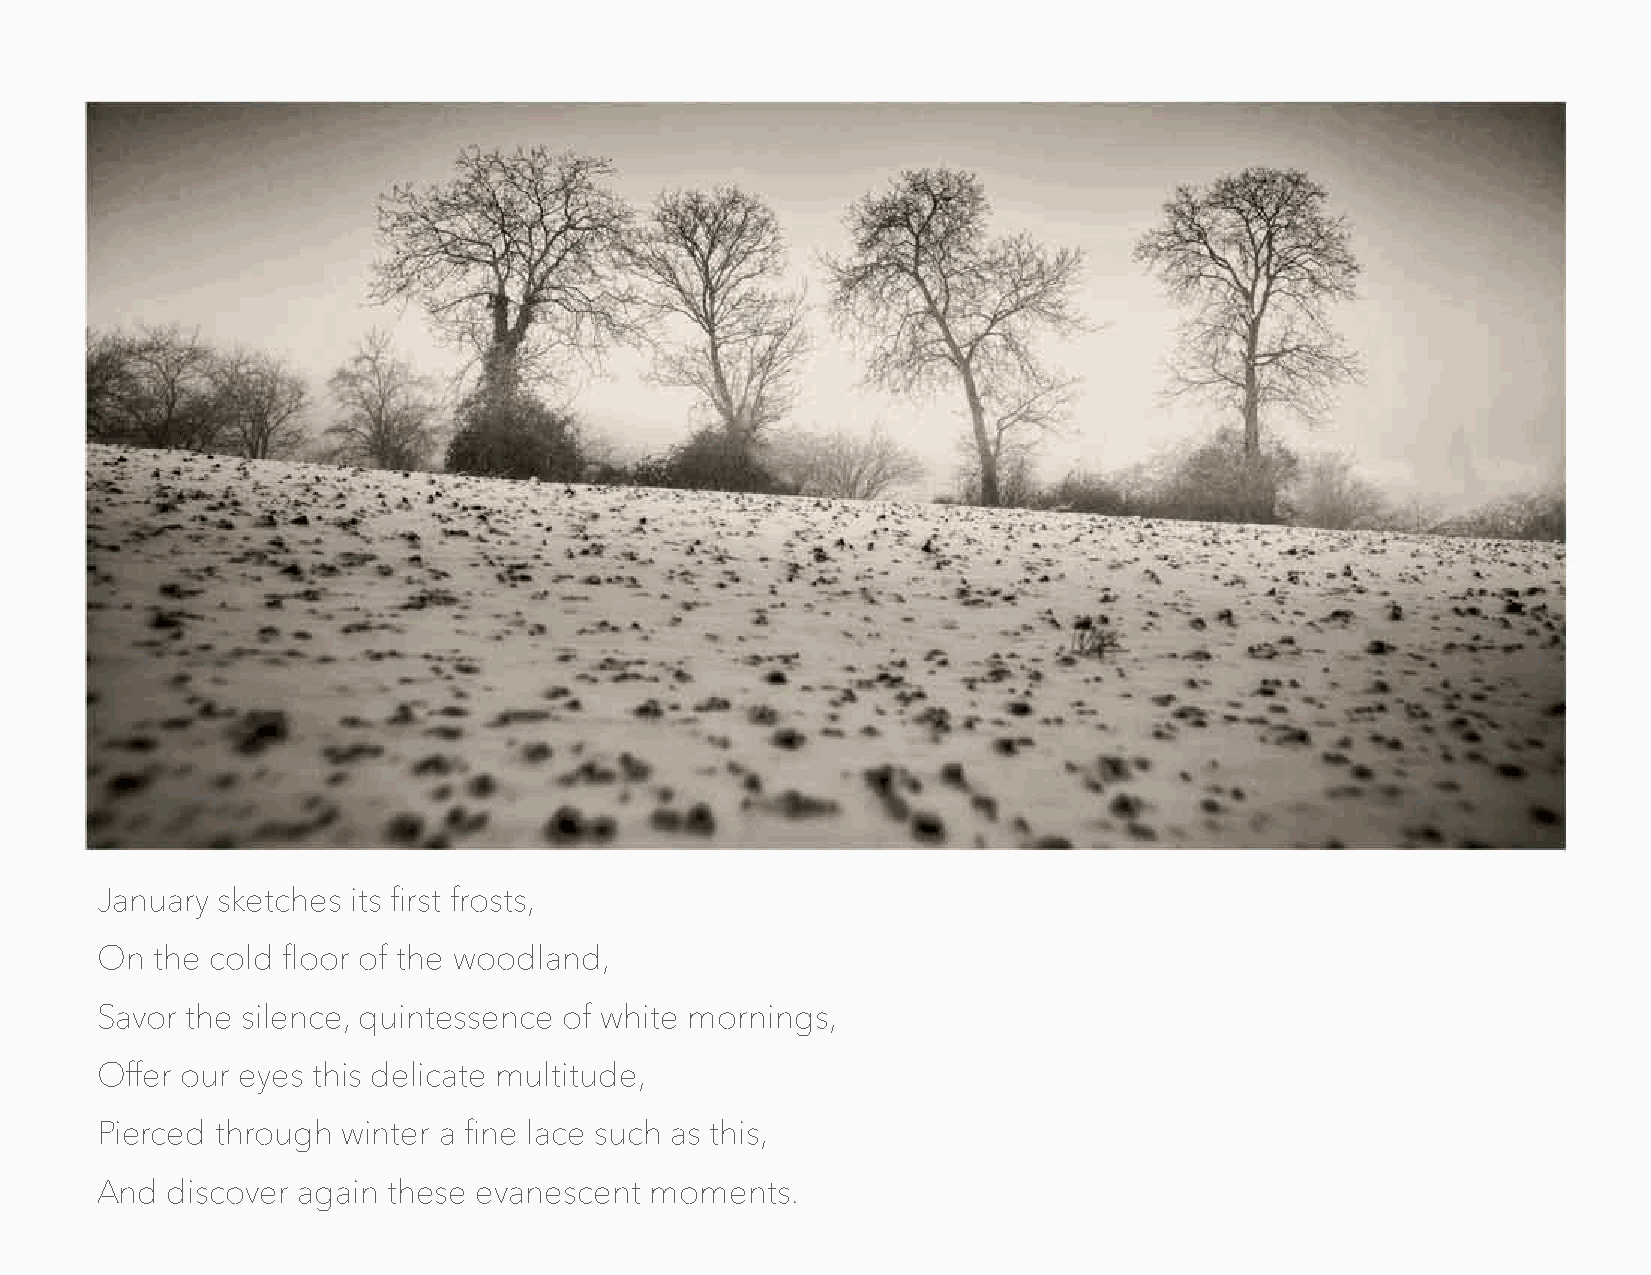
January sketches its first frosts,
 On  the cold floor of the woodland,
 Savor the silence, quintessence of white mornings,
 Offer our eyes this delicate multitude,
 Pierced through  winter a fine lace such as this,
 And  discover again these evanescent moments.